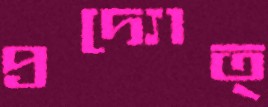
প্রদ্যোত্